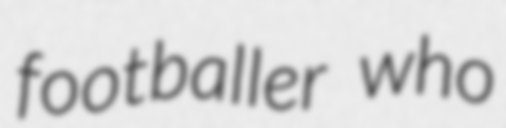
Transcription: footballer who